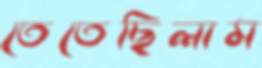
তেতেছিলাম